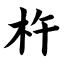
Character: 杵